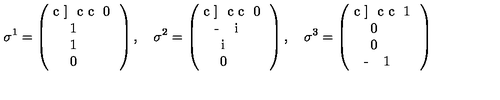
\sigma ^ { 1 } = \left( \begin{array} { } { c ] { c c } 0 } & { 1 } \\ { 1 } & { 0 } \\ \end{array} \right) , \quad \sigma ^ { 2 } = \left( \begin{array} { } { c ] { c c } 0 } & { - i } \\ { i } & { 0 } \\ \end{array} \right) , \quad \sigma ^ { 3 } = \left( \begin{array} { } { c ] { c c } 1 } & { 0 } \\ { 0 } & { - 1 } \\ \end{array} \right)